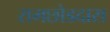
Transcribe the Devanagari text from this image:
रामछोडदास